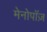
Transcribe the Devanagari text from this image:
मेनोपॉज़